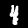
Digit: 4